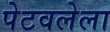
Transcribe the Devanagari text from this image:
पेटवलेला